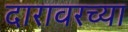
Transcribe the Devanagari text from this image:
दारावरच्या